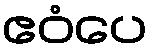
ဧဝံပေ